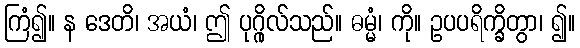
ကြံ၍။ န ဒေတိ၊ အယံ၊ ဤ ပုဂ္ဂိုလ်သည်။ ဓမ္မံ၊ ကို။ ဥပပရိက္ခိတွာ၊ ၍။